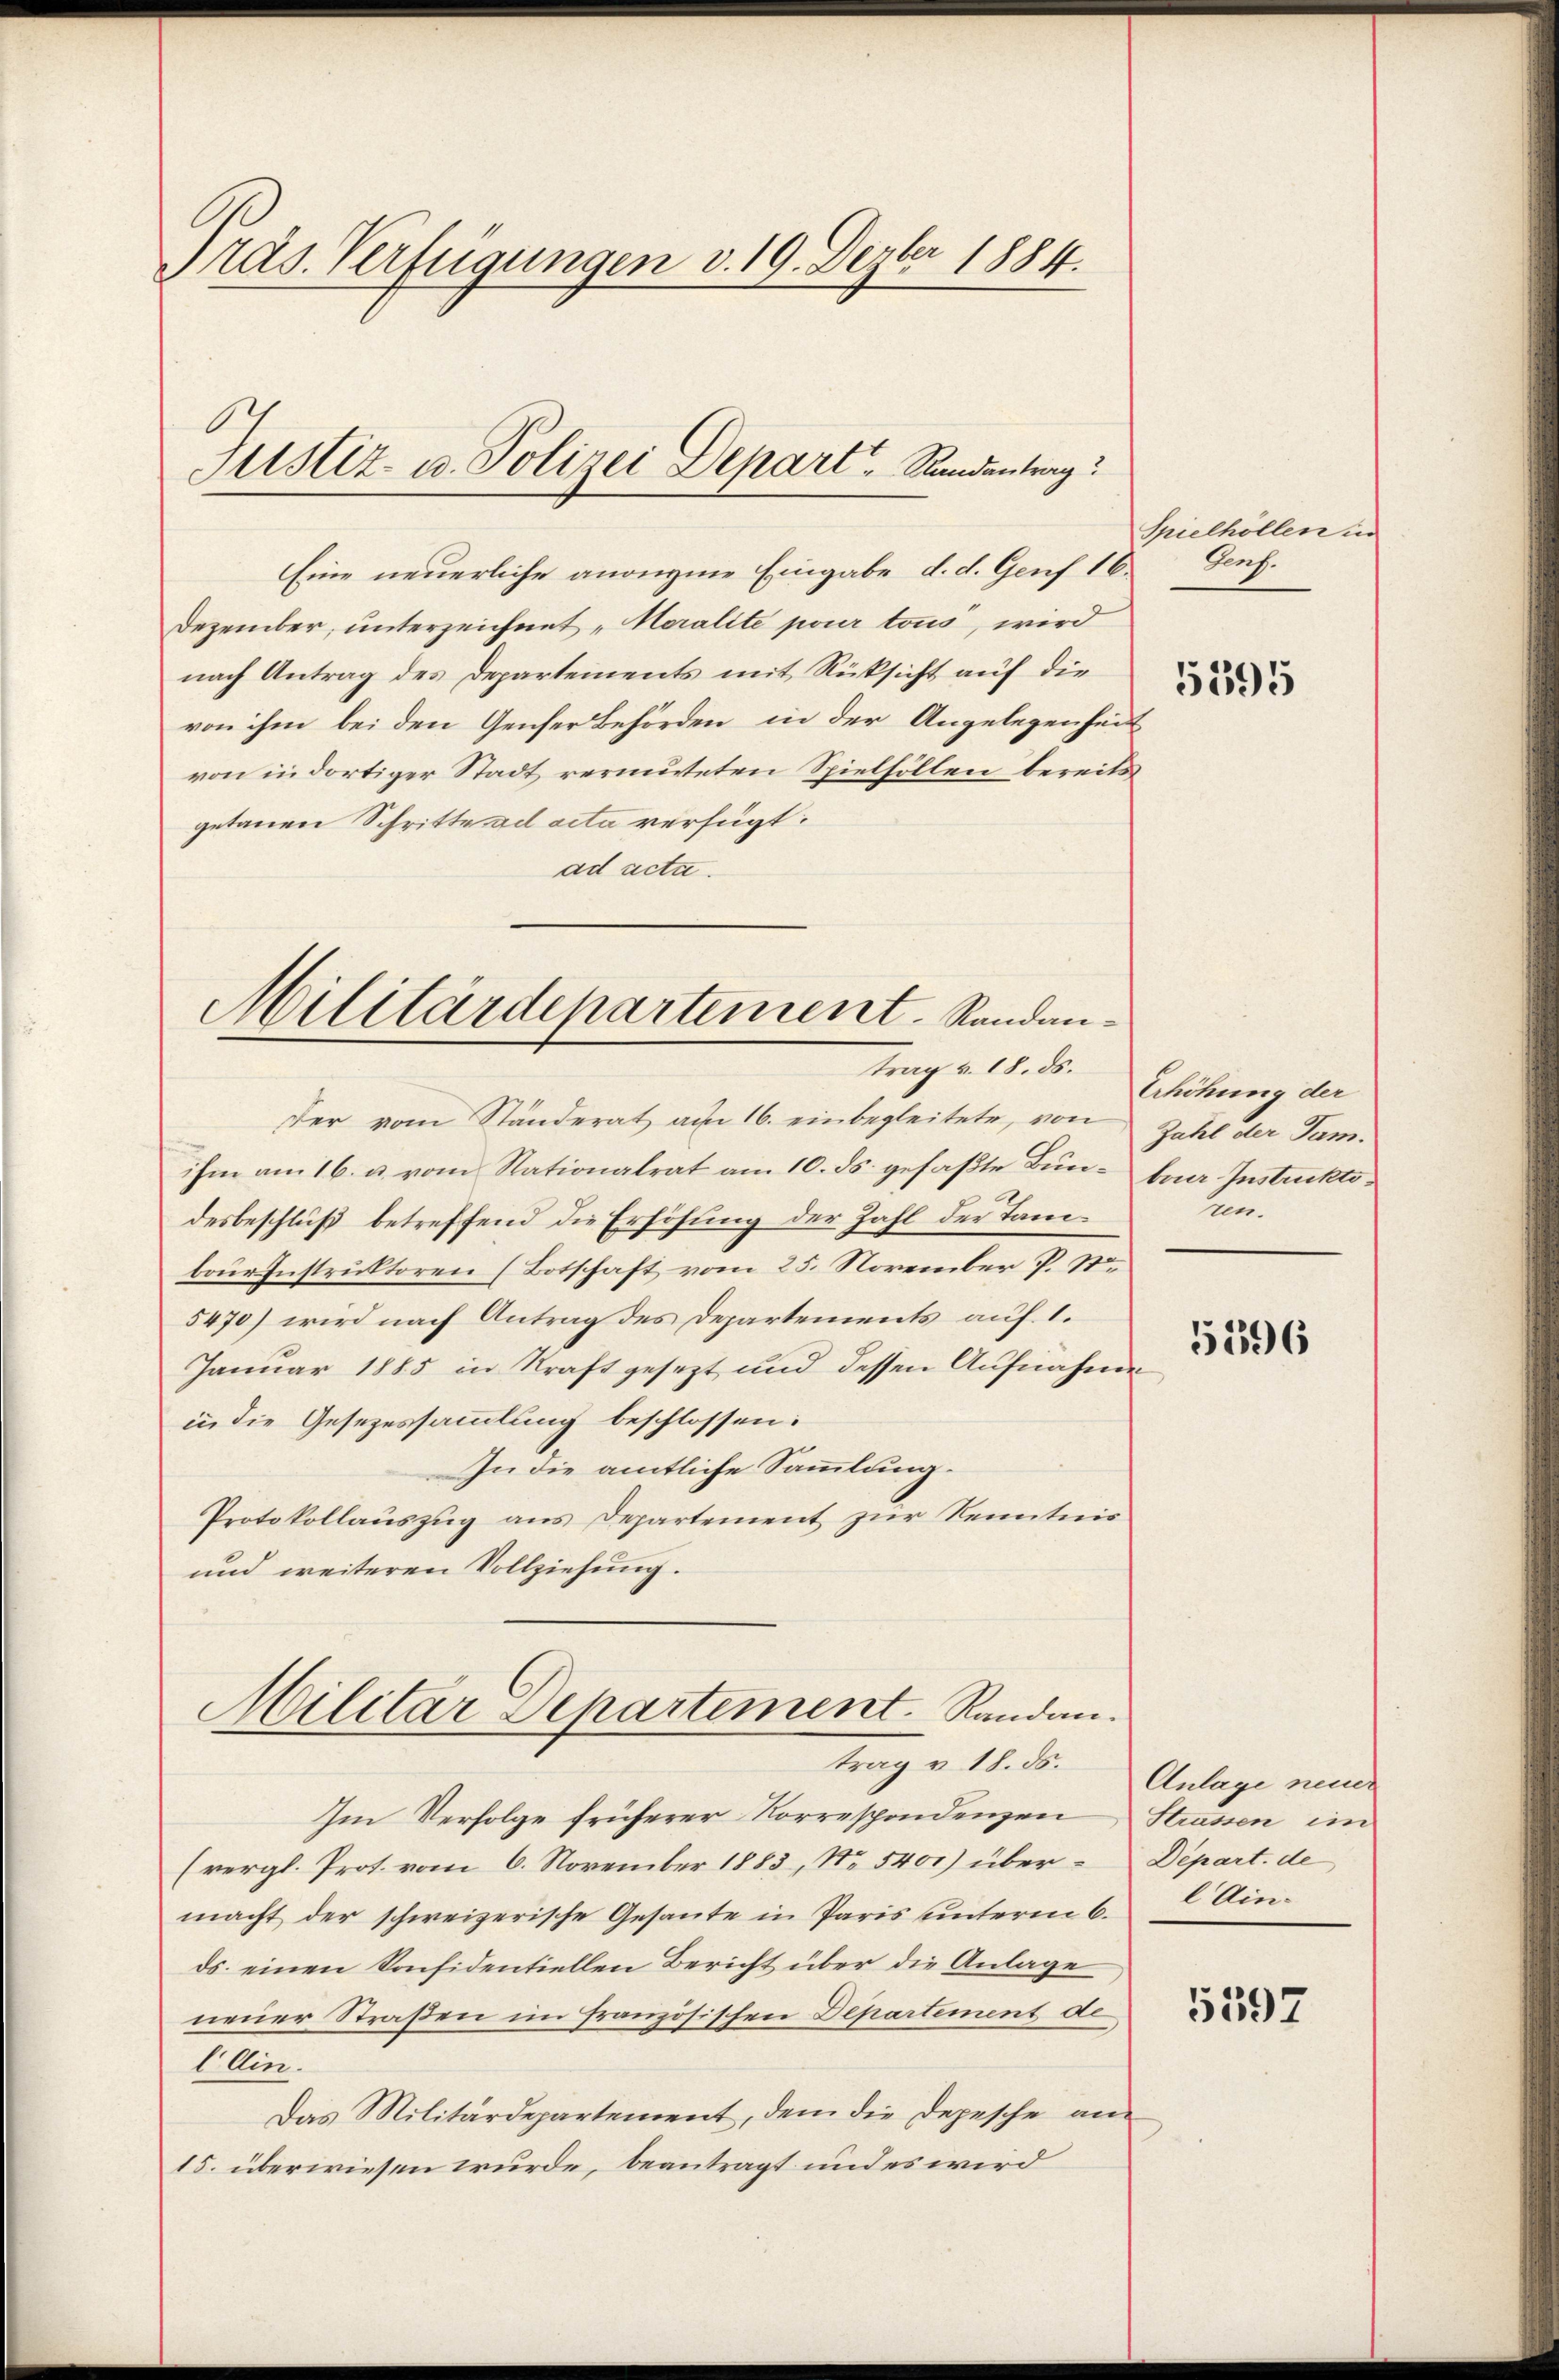
Präs. Verfügungen v. 19. Dezbr 1884.

Justiz- u. Polizei Depart, Rundantrag

Eine neuerliche anongme Eingabe d. d. Genf 16. Genf.
Dezember, unterzeichnet „Moralité pour tous, wird
nach Antrag des Departements mit Rücksicht auf die
von ihm bei den Genfer Behörden in der Angelegenheit
von in dortiger Stadt vermuteten Spielsollen bereits
getanen Schritte ad acta verfügt:
ad acta.

Militärdepartement. Randantrag v. 18. ds.

Der vom Ständerat am 16. einbegleitete, von
ihm am 16. u. vom Stationalrat am 10. ds. gefaßte Bundesbeschluß betreffend die Erhöhung der Zahl der Tambour Instruktoren (Botschaft vom 25. November P. St
5470) wird nach Antrag des Departements auf 1.
Januar 1885 in Kraft gesezt und dessen Aufnahme
in die Gesezessammlung beschlossen:
In die amtliche Sammlung.
Protokollaŭszŭg ans Departement zur Kenntnis
und weiteren Vollziehung.
Militar Departement. Randan
trag v. 18. ds.
Im Verfolge früherer Korrespondenzen
(vergl. Prot. vom 6. November 1883, No 5400) über Depart. de
macht der schweizerische Gesante in Paris unterm 6. C Ain-
ds. einen Konfidentiellen Bericht über die Anlage
neuer Straßen im französischen Departement de
l Ain.
Das Militärdepartement, dem die Depesche an¬
15. überwiesen wurde, beantragt und es wird

Spielhöllen in

5595

Erhöhung der
Zahl der Tam
beer Instrukto¬
Jun.

5596

Anlage neuer
Strassen im

5597